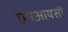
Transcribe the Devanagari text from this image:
एमआयसी